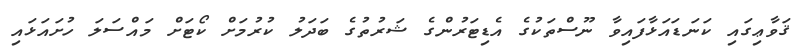
ޤަވާޢިގައި ކަނަޑައަޅާފައިވާ ނޫސްތަކުގެ އެޑިޓަރުންގެ ޝަރުތުގެ ބަދަލު ކުރުމަށް ކޯޓަށް މައްސަލަ ހުށައަޅައި